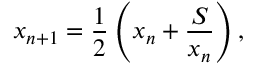
x _ { n + 1 } = { \frac { 1 } { 2 } } \left( x _ { n } + { \frac { S } { x _ { n } } } \right) ,